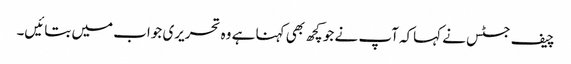
چیف جسٹس نے کہاکہ آپ نے جو کچھ بھی کہنا ہے وہ تحریری جواب میں بتائیں۔